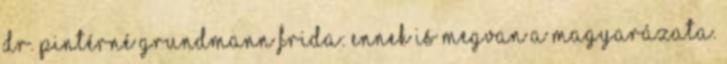
Dr. Pintérné Grundmann Frida: Ennek is megvan a magyarázata.